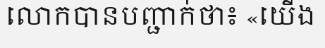
លោកបានបញ្ជាក់ថា៖ «យើង